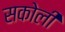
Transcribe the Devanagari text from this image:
सकोली